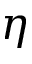
\eta